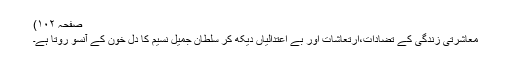
صفحہ ۱۰۲)
معاشرتی زندگی کے تضادات،ارتعاشات اور بے اعتدالیاں دیکھ کر سلطان جمیل نسیم کا دل خون کے آنسو روتا ہے۔